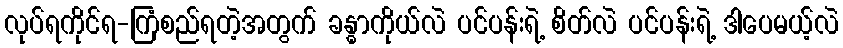
လုပ်ရကိုင်ရ-ကြံစည်ရတဲ့အတွက် ခန္ဓာကိုယ်လဲ ပင်ပန်းရဲ့ စိတ်လဲ ပင်ပန်းရဲ့ ဒါပေမယ့်လဲ